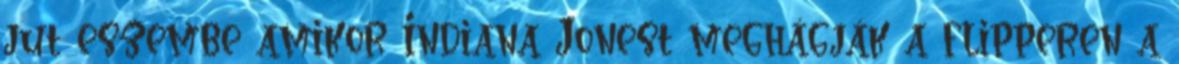
jut eszembe amikor Indiana Jonest meghágják a flipperen a